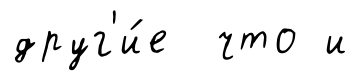
друг'и́е что и